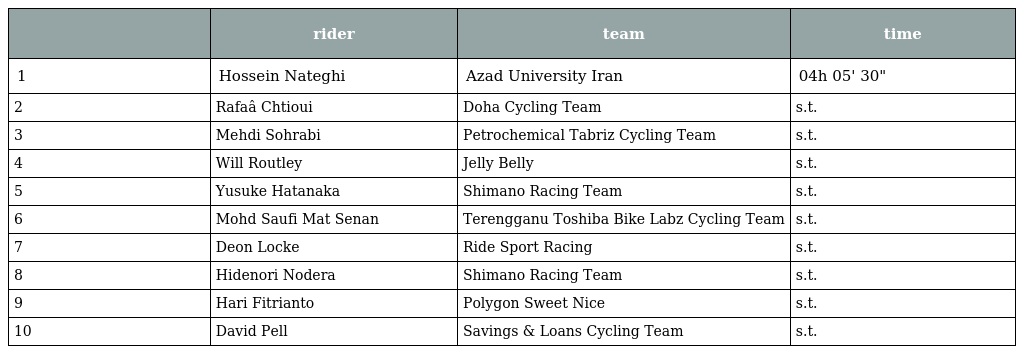
|  | rider | team | time |
 | --- | --- | --- | --- |
 | 1 | Hossein Nateghi | Azad University Iran | 04h 05' 30" |
 | 2 | Rafaâ Chtioui | Doha Cycling Team | s.t. |
 | 3 | Mehdi Sohrabi | Petrochemical Tabriz Cycling Team | s.t. |
 | 4 | Will Routley | Jelly Belly | s.t. |
 | 5 | Yusuke Hatanaka | Shimano Racing Team | s.t. |
 | 6 | Mohd Saufi Mat Senan | Terengganu Toshiba Bike Labz Cycling Team | s.t. |
 | 7 | Deon Locke | Ride Sport Racing | s.t. |
 | 8 | Hidenori Nodera | Shimano Racing Team | s.t. |
 | 9 | Hari Fitrianto | Polygon Sweet Nice | s.t. |
 | 10 | David Pell | Savings & Loans Cycling Team | s.t. |